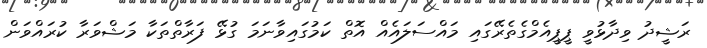
ރަޝީދު ވިދާޅުވީ ޕީޕީއެމްގެތެރޭގައި މައްސަލައެއް އޮތް ކަމުގައިވާނަމަ ގުޅޭ ފަރާތްތަކާ މަޝްވަރާ ކުރައްވަން